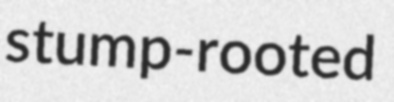
stump-rooted